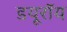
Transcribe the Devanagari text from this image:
डयूरॉय